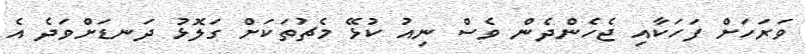
ވަރަހަށް ފަހަކާއި ޖެހެންދެން ވެސް ނިއު ކުޅޭ މެޗުތަކަށް ގަލޮޅު ދަނޑަށްވަދެ އެ